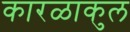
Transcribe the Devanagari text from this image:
कारळाकुल